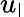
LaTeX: u_{\mathsf{l}}